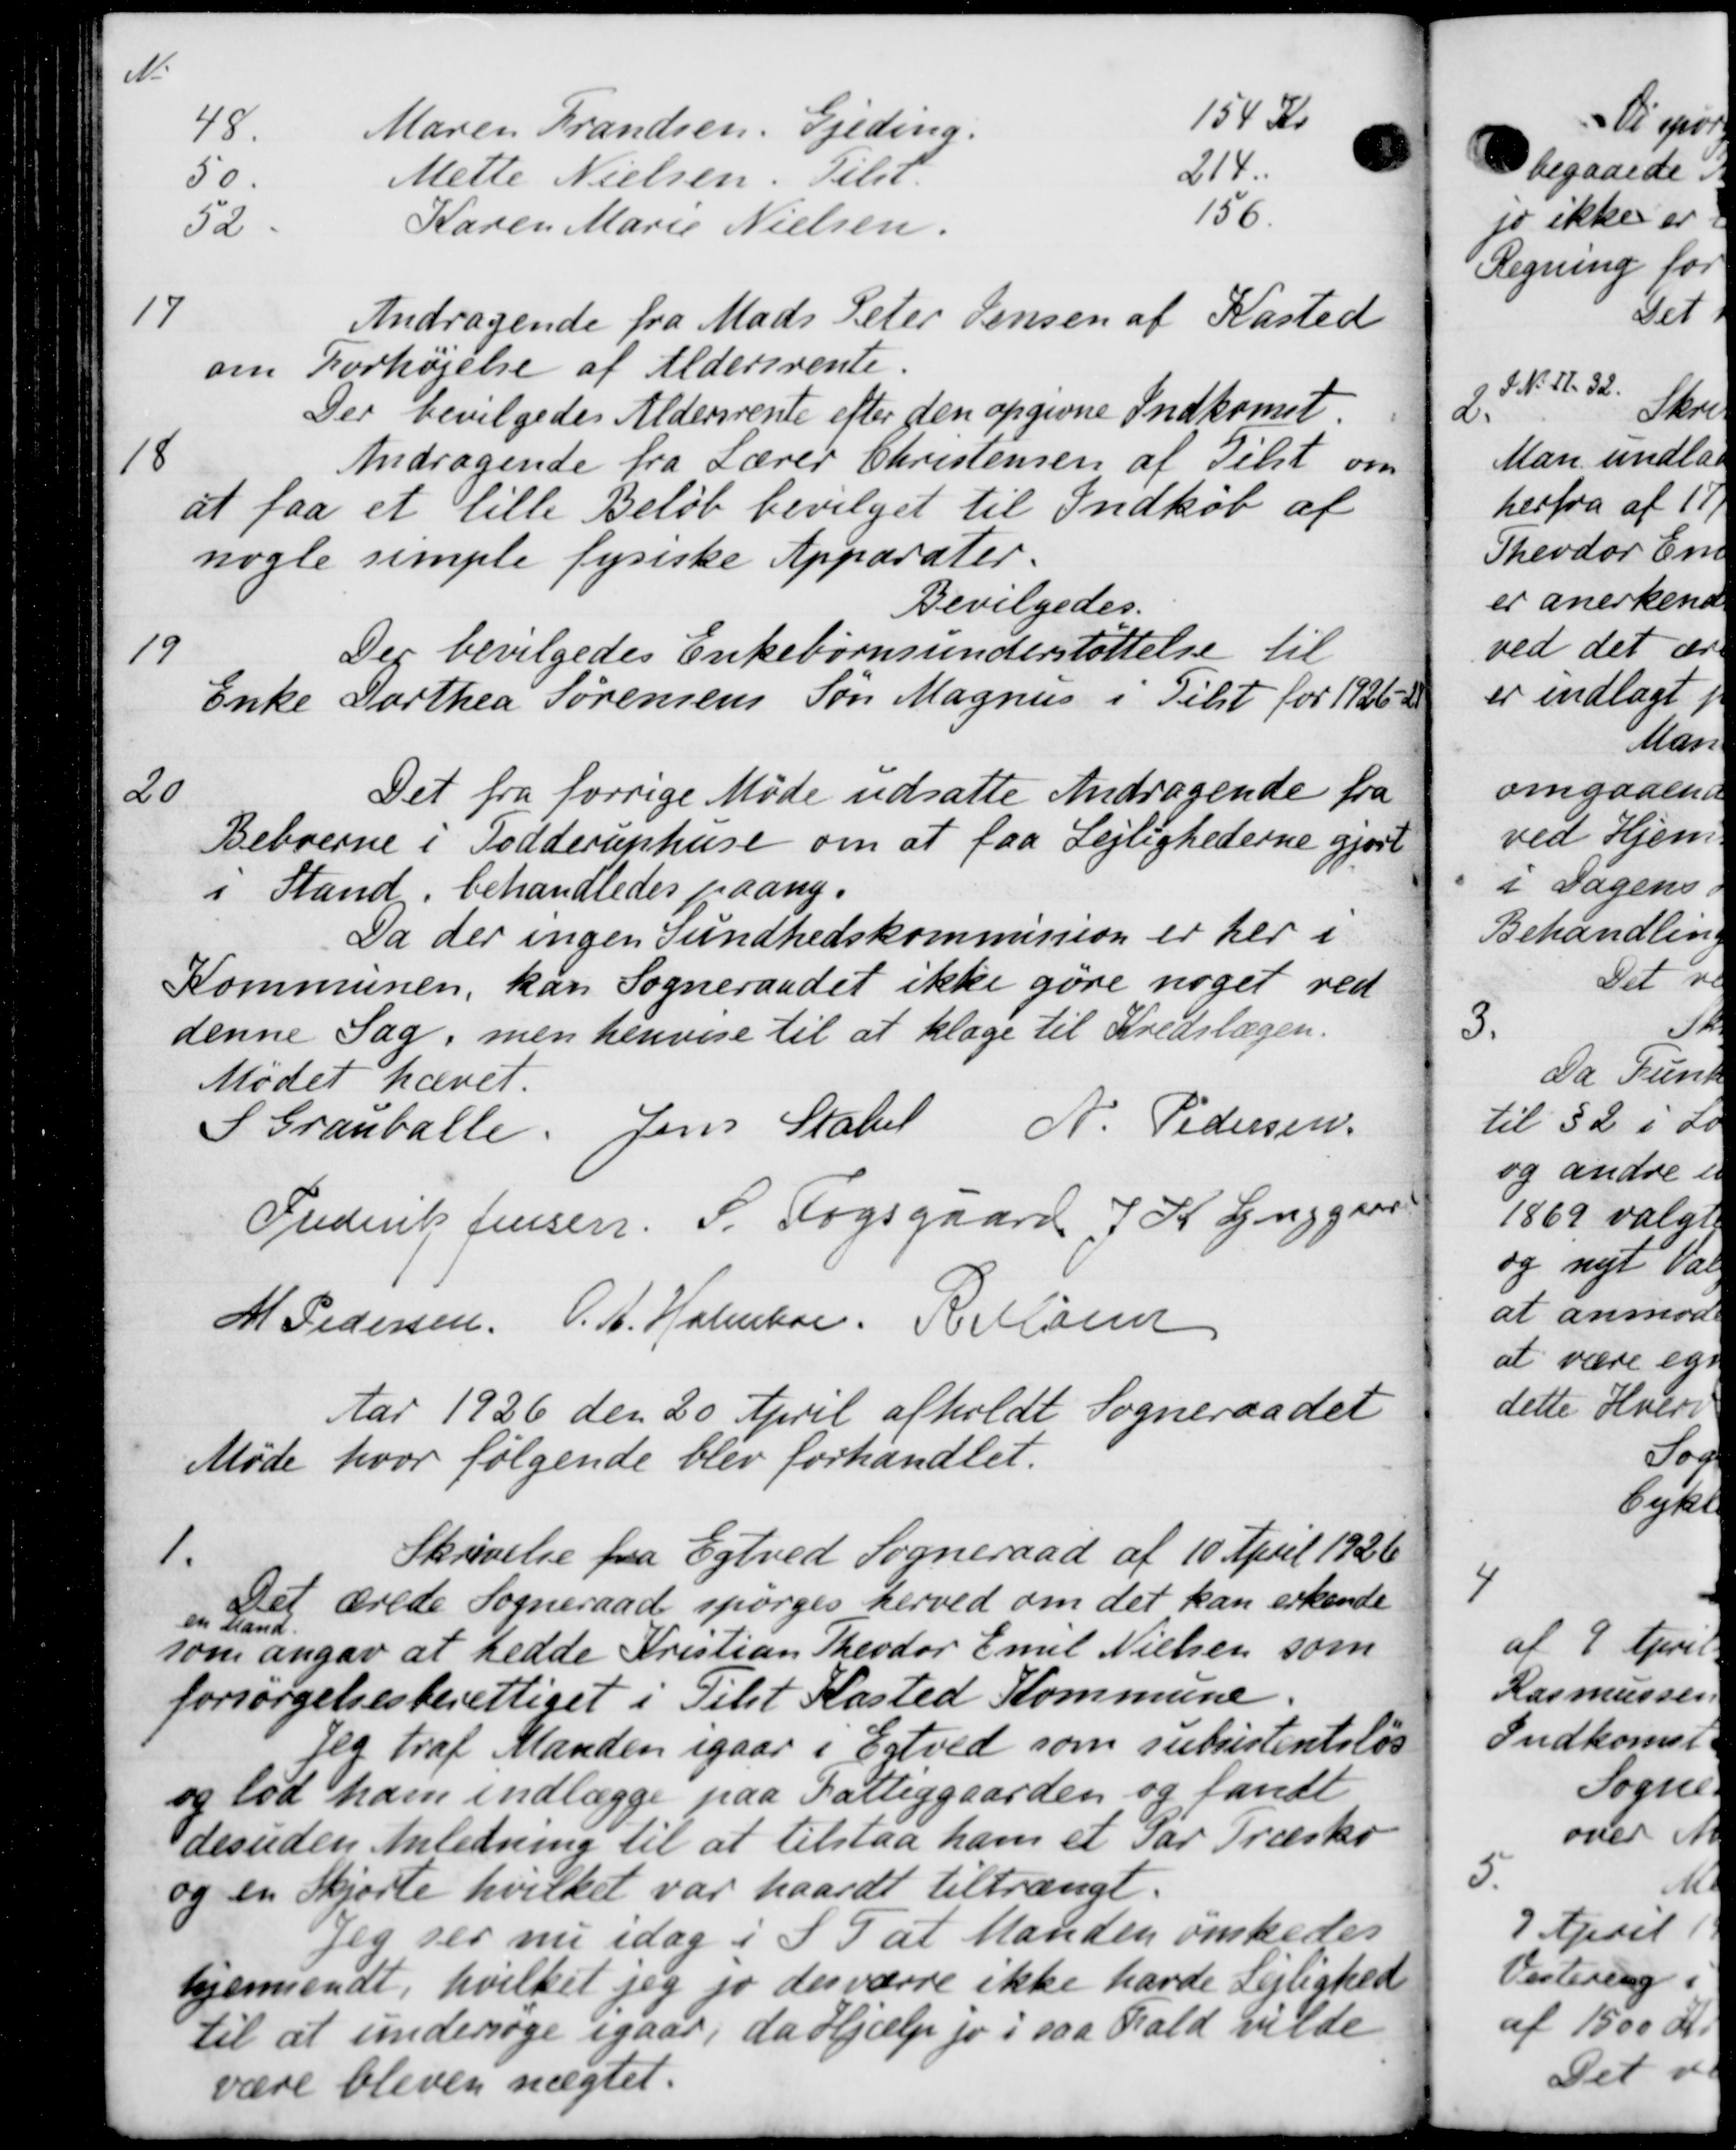
Transskription:
N.
48
Maren Frandsen, Gjeding.
154 Kr
50.
Mette Nielsen. Tilst.
214.
52
Karen Marie Nielsen.
156
17
Andragende fra Mads Peter Jensen af Kasted
om Forhøjelse af Aldersrente.
Der bevilgedes Aldersrente efter den opgivne Indkomst
18
Andragende fra Lærer Christensen af Tilst om
at faa et lille Beløb bevilget til Indkøb af
nogle simple fysiske Apparater.
Bevilgedes.
19
Der bevilgedes Enkebørnsunderstøttelse til
Enke Dorthea Sørensens Søn Magnus i Tilst for 1926-30
20
Det fra forrige Møde udsatte Andragende fra
Beboerne i Todderuphuse om at faa Lejlighederne gjort
i Stand, behandledes paany.
Da der ingen Sundhedskommission er her i
Kommunen, kan Sogneraadet ikke gøre noget ved
denne Sag, men henvise til at klage til Kredslægen.
Mødet hævet.
S Granballe. Jens Statet
N. Pedersen
Frederik Jensen, S. Fogsgaard J. K. Lynggaar
M Pedersen, O. A. Holmboe, Hallasen
Aar 1926 den 20 April afholdt Sogneraadet
Møde hvor følgende blev forhandlet.
1.
Skrivelse fra Egtved Sogneraad af 10 April 1926
Det ærede Sogneraad spørges herved om det kan erkende
en Stand.
som angav at hedde Kristian Theodor Emil Nielsen som
forsørgelsesberettiget i Tilst Kasted Kommune.
Jeg traf Manden igaar i Egtved som subsistentsløs
og lod ham indlægge paa Fattiggaarden og fandt
desuden Anledning til at tilstaa ham et Par Træsko
og en Skjørte hvilket var haardt tiltrængt.
Jeg ser nu idag i I Tal Manden ønskedes
hjemsendt, hvilket jeg jo derværre ikke havde Lejlighed
til at undersøge igaar, da Hjælp jo i saa Hald vilde
være bleven nægtet.